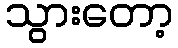
သွားတော့